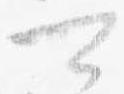
可